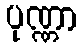
ပုဏ္ဏာ